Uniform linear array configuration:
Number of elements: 12
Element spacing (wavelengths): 0.25
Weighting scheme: exponential
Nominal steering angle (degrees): -30
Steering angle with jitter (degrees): -28.303
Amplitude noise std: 0.05
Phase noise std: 0.05

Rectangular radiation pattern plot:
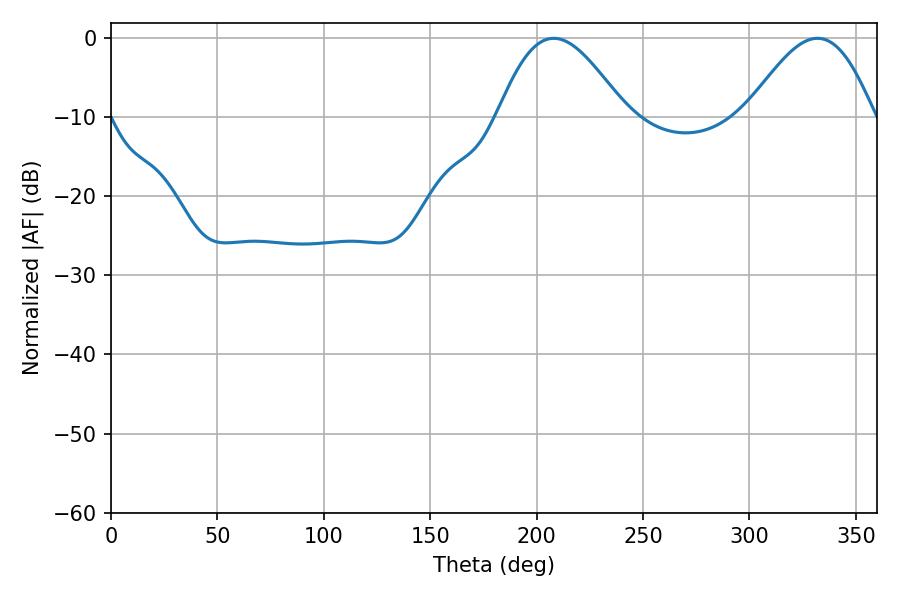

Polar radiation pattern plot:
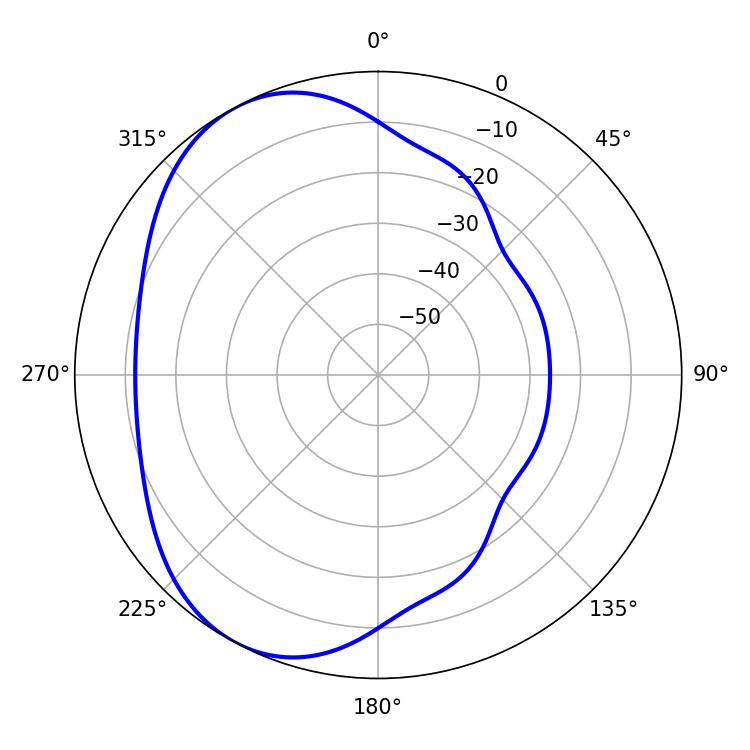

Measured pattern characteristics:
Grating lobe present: FALSE
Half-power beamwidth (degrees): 32.22
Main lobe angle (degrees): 208.08